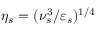
\eta _ { s } = ( \nu _ { s } ^ { 3 } / \varepsilon _ { s } ) ^ { 1 / 4 }